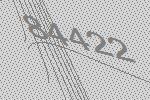
84422